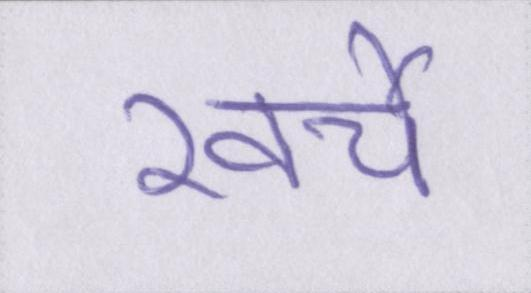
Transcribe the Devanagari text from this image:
खर्चे